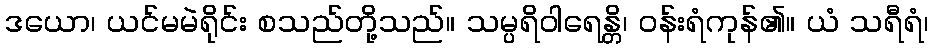
ဒယော၊ ယင်မမဲရိုင်း စသည်တို့သည်။ သမ္ပရိဝါရေန္တိ၊ ဝန်းရံကုန်၏။ ယံ သရီရံ၊